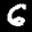
Label: 6